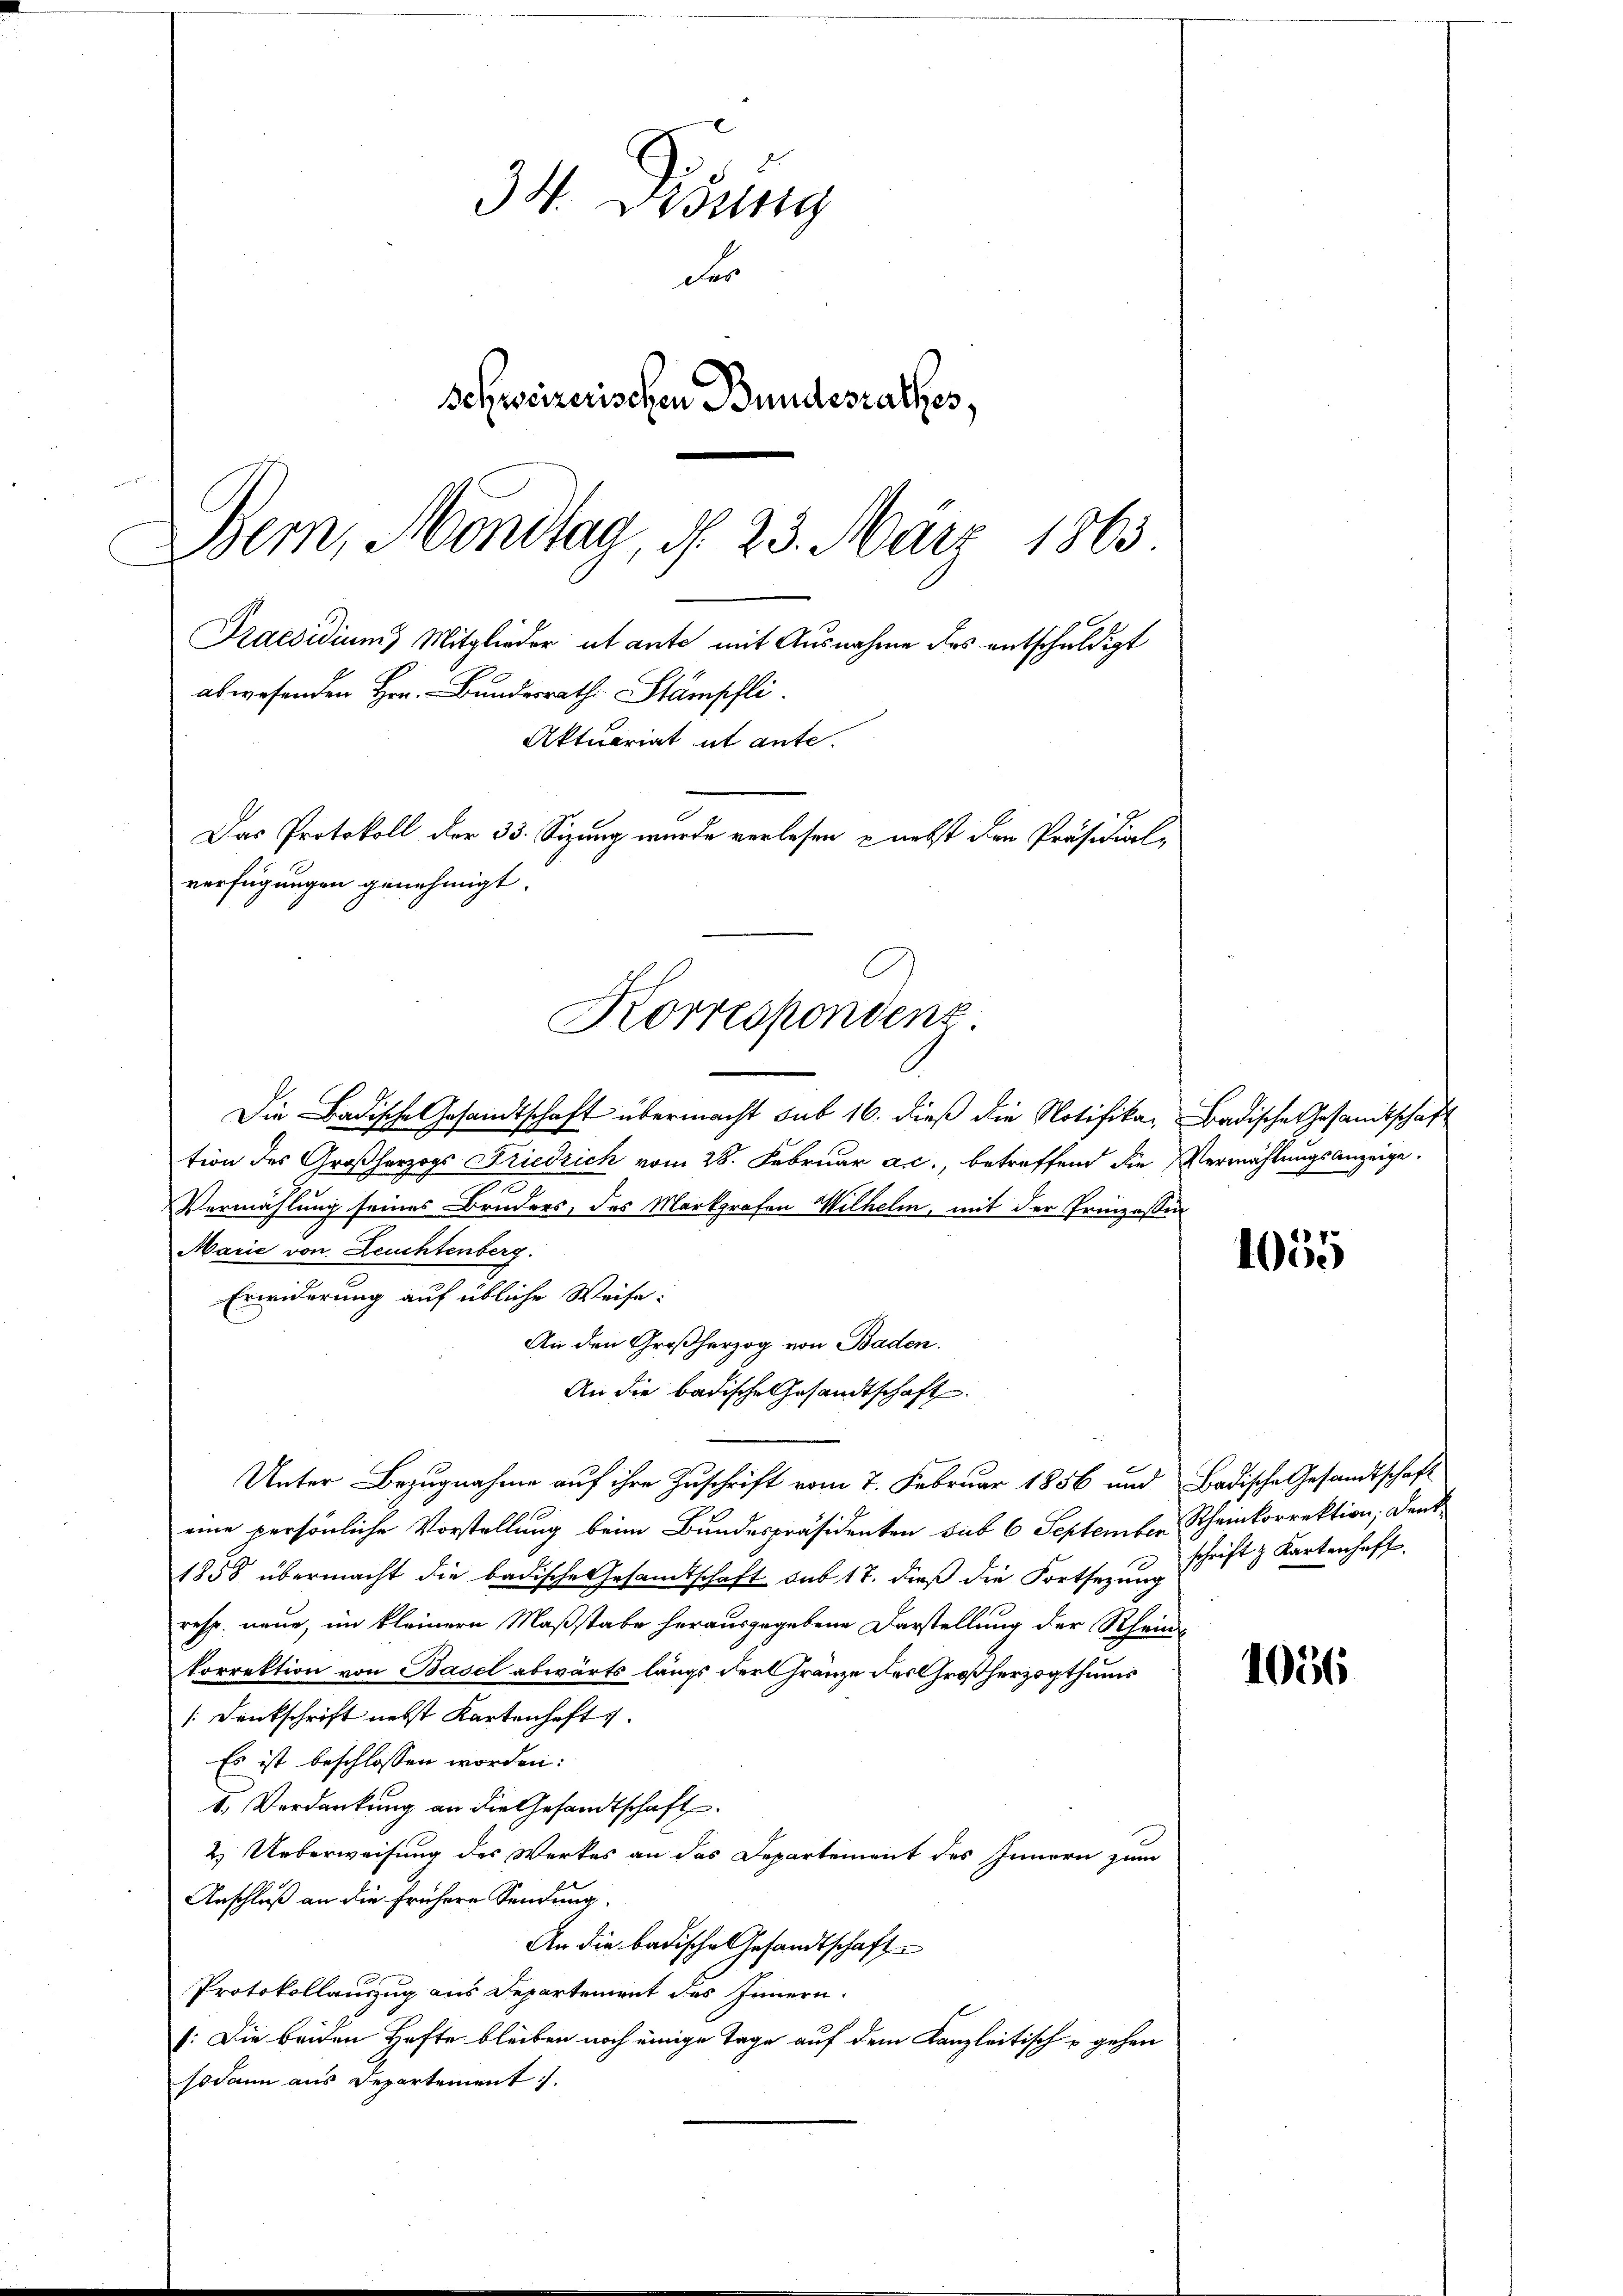
34. Desung
Fr
Schweizerischen Bundesrathes,
Bern, Mondtag, d. 23. März 1863.
Praesidium Mitglieder ut ante mit Ausnahme des entschuldigt
abwesenden Hrn. Bundesrath Stämpfli
Aktuariat ut ante.
Das Protokoll der 33. Sizung wurde verlesen & nebst den Präsidial-

verfügungen genehmigt.
Korrespondenz.

Die Badische Gesandtschaft übermacht sub 16. dieß die Notifika- Badische Gesandtschaft
tion des Großherzogs Kriedrich vom 28. Februar a.c., betreffend die
300
Vermählung seines Bruders, des Markgrafen Wilhelm, mit der Prinzesse
Marie von Leuchtenberg.
Erwiderung auf übliche Weise:
An den Großherzog von Baden.
An die badische Gesandtschaft.
Unter Bezugnahme auf ihre Zuschrift vom 7. Februar 1856 und Badische Gesandtschaft
eine persönliche Vorstellung beim Bundespräsidenten sub 6 September Scheinkorrektion, denk
1858 übermacht die badische Gesandtschaft aus 17. dieβ die Fortsezŭng schrift & Kartenhaft.
resp. neue, im kleinere Maßstabe herausgegebene Darstellung der Rheinkorrektion von Basel abwärts längs der Gränze des Großherzogthums
[Dankschrift nebst Kartenhaft
Es ist beschlossen worden:
1. Verdankung an die Gesandtschaft.
2.) Ueberweisung des Werkes an das Departement des Innern zum
Anschluß an die frühere Sendung.
An die badische Gesandtschaft
Protokollauszug aus Departement des Innern.
/:Die beiden Hafte bleiben noch einige Tage auf dem Kanzleitisch u gehen
sodann aus Departement.

Vermählungsanzeige.

¬

1055

1056